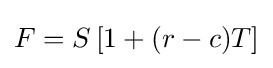
F=S\left[1+(r-c)T\right]